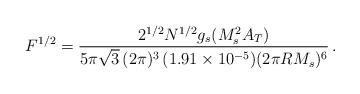
LaTeX: \begin{align*}F^{1/2} = \frac{2^{1/2} N^{1/2} g_s (M_s^2A_T)}{5\pi\sqrt{3}\,(2\pi)^3\,(1.91\times 10^{-5})(2\pi R M_s)^6}\,.\end{align*}